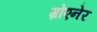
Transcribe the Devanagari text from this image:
ग्रोएनेर